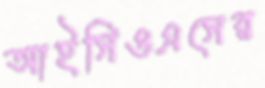
আইসিওএসের